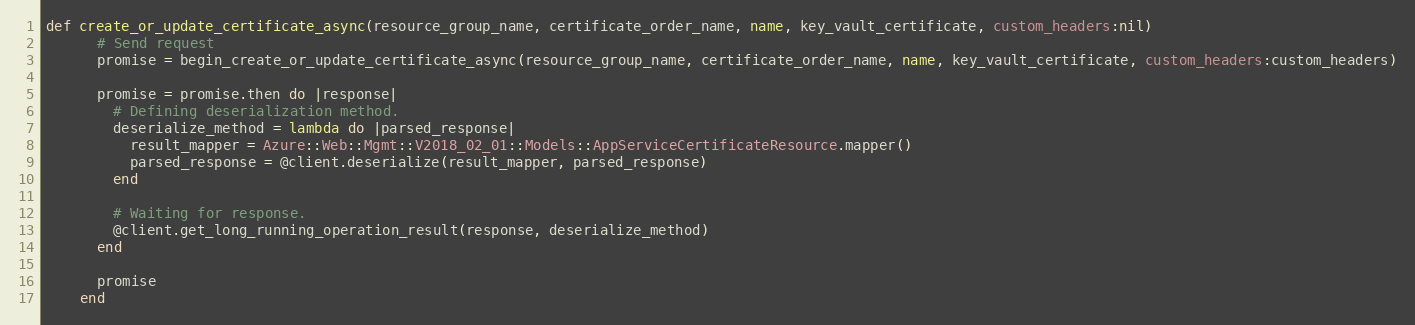
Language: Ruby
def create_or_update_certificate_async(resource_group_name, certificate_order_name, name, key_vault_certificate, custom_headers:nil)
      # Send request
      promise = begin_create_or_update_certificate_async(resource_group_name, certificate_order_name, name, key_vault_certificate, custom_headers:custom_headers)

      promise = promise.then do |response|
        # Defining deserialization method.
        deserialize_method = lambda do |parsed_response|
          result_mapper = Azure::Web::Mgmt::V2018_02_01::Models::AppServiceCertificateResource.mapper()
          parsed_response = @client.deserialize(result_mapper, parsed_response)
        end

        # Waiting for response.
        @client.get_long_running_operation_result(response, deserialize_method)
      end

      promise
    end